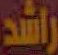
راشد